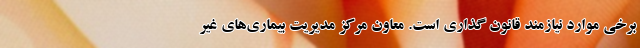
برخی موارد نیازمند قانون گذاری است. معاون مرکز مدیریت بیماری‌های غیر